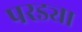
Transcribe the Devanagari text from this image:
परड्या